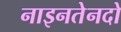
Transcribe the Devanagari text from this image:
नाइनतेनदो